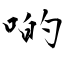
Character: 啲